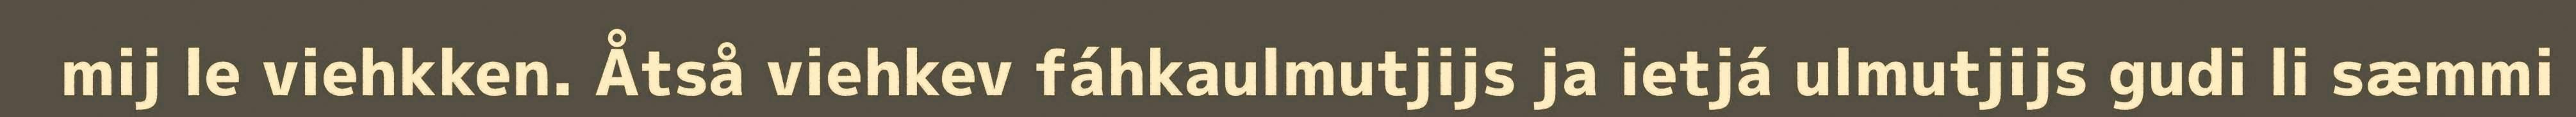
mij le viehkken. Åtså viehkev fáhkaulmutjijs ja ietjá ulmutjijs gudi li sæmmi